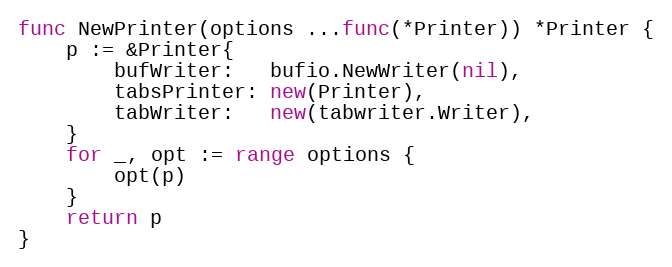
Language: Go
func NewPrinter(options ...func(*Printer)) *Printer {
	p := &Printer{
		bufWriter:   bufio.NewWriter(nil),
		tabsPrinter: new(Printer),
		tabWriter:   new(tabwriter.Writer),
	}
	for _, opt := range options {
		opt(p)
	}
	return p
}